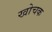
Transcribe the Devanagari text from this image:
खोचक